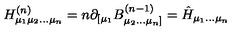
H _ { \mu _ { 1 } \mu _ { 2 } \ldots \mu _ { n } } ^ { ( n ) } = n \partial _ { [ \mu _ { 1 } } B _ { \mu _ { 2 } \ldots \mu _ { n } ] } ^ { ( n - 1 ) } = \hat { H } _ { \mu _ { 1 } \ldots \mu _ { n } }